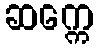
ဆက္ကေ